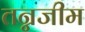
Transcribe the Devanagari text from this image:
तन्नजीम